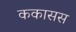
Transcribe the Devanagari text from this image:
ककासस